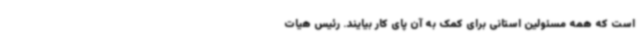
است که همه مسئولین استانی برای کمک به آن پای کار بیایند. رئیس هیات